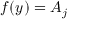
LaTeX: f ( y ) = A _ { j }